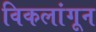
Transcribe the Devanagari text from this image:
विकलांगून